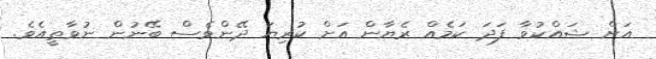
އަށް ޝައްކުވާ ފަދަ ކަމެއް ރެޔާން އަށް ކުރިޔަ ދޭންވެސް ބޭނުން ނުވާތީއެވެ.